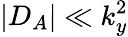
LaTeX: |D_{A}|\ll k_{y}^{2}